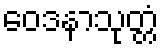
ဝေဒနာသုတ္တံ